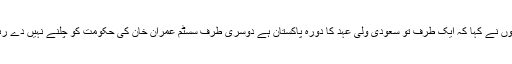
انہوں نے کہا کہ ایک طرف تو سعودی ولی عہد کا دورہ پاکستان ہے دوسری طرف سسٹم عمران خان کی حکومت کو چلنے نہیں دے رہا ۔